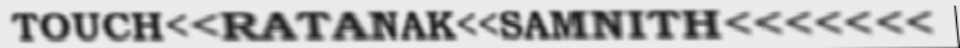
TOUCH<<RATANAK<<SAMNITH<<<<<<<